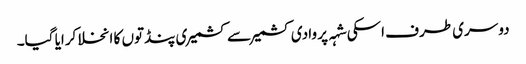
دوسری طرف اسکی شہہ پر وادی کشمیر سے کشمیری پنڈتوں کا انخلا کرایا گیا۔